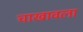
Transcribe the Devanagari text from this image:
चाखावला